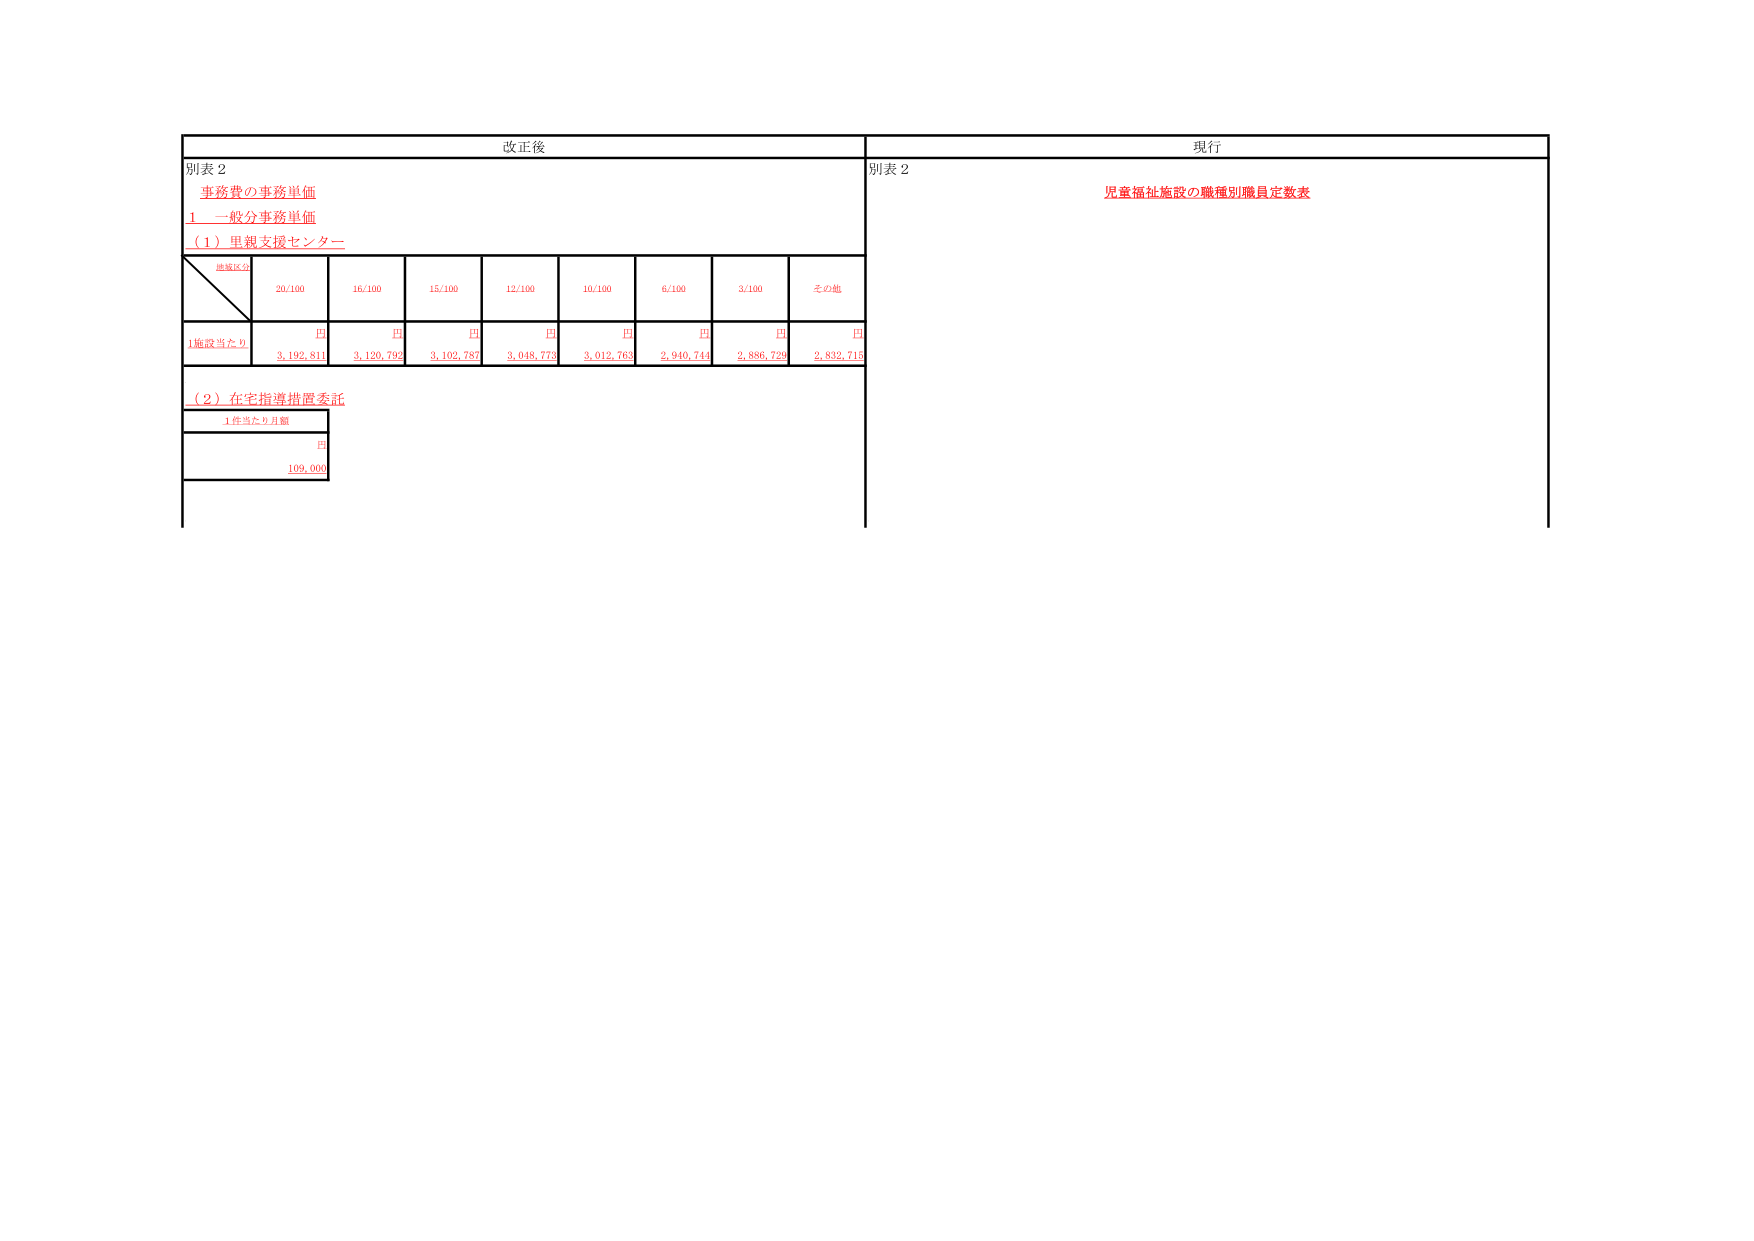
改正後
別表２
事務費の事務単価
１ 一般分事務単価
（１）里親支援センター
施設区分
20/100
16/100
15/100
12/100
10/100
6/100
3/100
その他
1施設当たり
円
円
円
円
円
円
円
円
3,192,811
3,120,792
3,102,787
3,048,773
3,012,763
2,940,744
2,886,729
2,832,715
（２）在宅指導措置委託
1件当たり月額
円
109,000
現行
別表２
児童福祉施設の職種別職員定数表